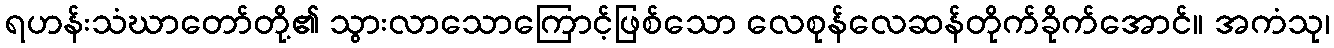
ရဟန်းသံဃာတော်တို့၏ သွားလာသောကြောင့်ဖြစ်သော လေစုန်လေဆန်တိုက်ခိုက်အောင်။ အကံသု၊